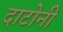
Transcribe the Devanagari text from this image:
दाटोनी